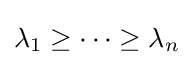
\lambda _{1}\geq \cdots \geq \lambda _{n}